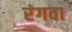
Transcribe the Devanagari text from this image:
रंगवा